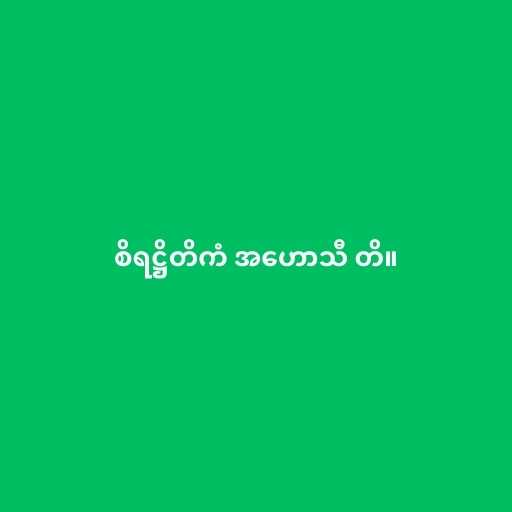
စိရဋ္ဌိတိကံ အဟောသီ တိ။